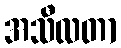
အသီလတာ